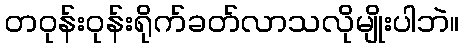
တဝုန်းဝုန်းရိုက်ခတ်လာသလိုမျိုးပါဘဲ။